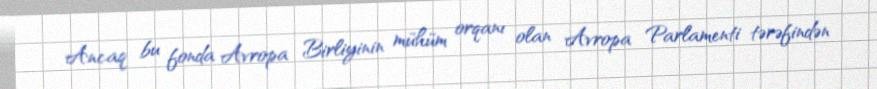
Ancaq bu fonda Avropa Birliyinin mühüm orqanı olan Avropa Parlamenti tərəfindən